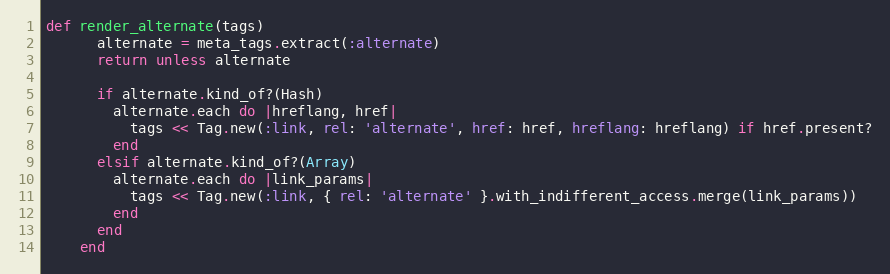
Language: Ruby
def render_alternate(tags)
      alternate = meta_tags.extract(:alternate)
      return unless alternate

      if alternate.kind_of?(Hash)
        alternate.each do |hreflang, href|
          tags << Tag.new(:link, rel: 'alternate', href: href, hreflang: hreflang) if href.present?
        end
      elsif alternate.kind_of?(Array)
        alternate.each do |link_params|
          tags << Tag.new(:link, { rel: 'alternate' }.with_indifferent_access.merge(link_params))
        end
      end
    end